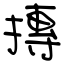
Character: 摶